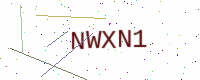
Text: NWXN1